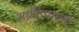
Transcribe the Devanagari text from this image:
अग्नीउपासक